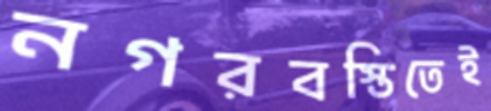
নগরবস্তিতেই